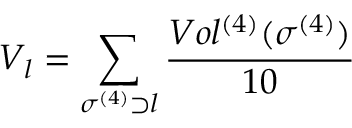
V _ { l } = \sum _ { \sigma ^ { ( 4 ) } \supset l } \frac { V o l ^ { ( 4 ) } ( \sigma ^ { ( 4 ) } ) } { 1 0 }